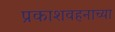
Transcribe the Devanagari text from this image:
प्रकाशवहनाच्या